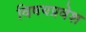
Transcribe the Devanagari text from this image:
विषयप्रवेश